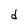
Character: d